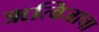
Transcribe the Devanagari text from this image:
ऋत्विजाचा